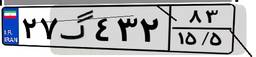
۲۷گ۴۳۲۸۳